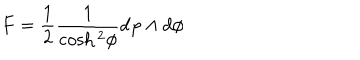
F = \frac { 1 } { 2 } \frac { 1 } { \cosh { ^ 2 } { \phi } } d \varphi \wedge d \phi